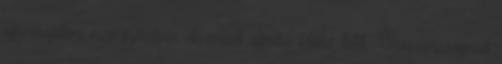
egy majdani megegyezésre, de ennek elérése időbe telik. Oroszországnak